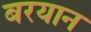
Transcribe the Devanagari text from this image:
बरयान